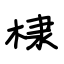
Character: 棣